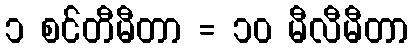
၁ စင်တီမီတာ = ၁၀ မီလီမီတာ